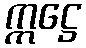
ဣဋ္ဌေ